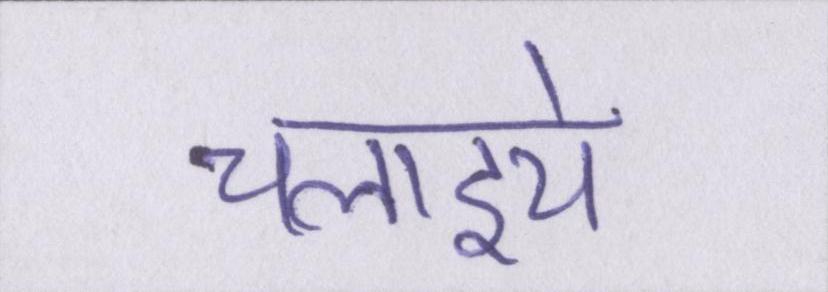
चलाइये